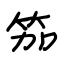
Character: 笳